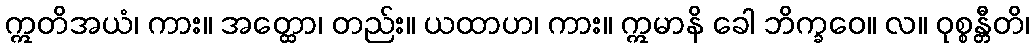
ဣတိအယံ၊ ကား။ အတ္ထော၊ တည်း။ ယထာဟ၊ ကား။ ဣမာနိ ခေါ ဘိက္ခဝေ။ လ။ ဝုစ္စန္တီတိ၊